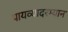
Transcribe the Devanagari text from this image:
पायव्यादरम्यान